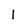
Character: 1